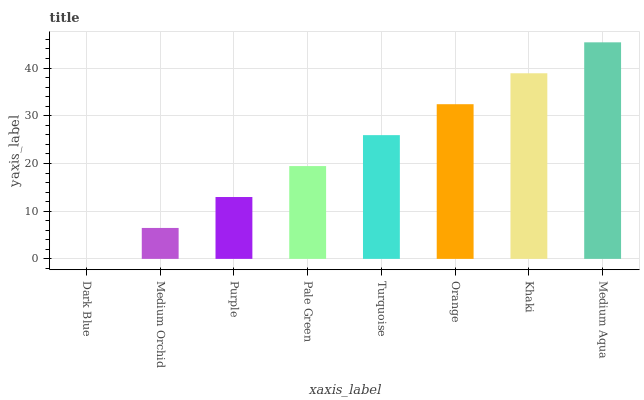
| xaxis_label | bars |
 | --- | --- |
 | Dark Blue | 0 |
 | Medium Orchid | 6.49 |
 | Purple | 13 |
 | Pale Green | 19.5 |
 | Turquoise | 25.9 |
 | Orange | 32.4 |
 | Khaki | 38.9 |
 | Medium Aqua | 45.4 |